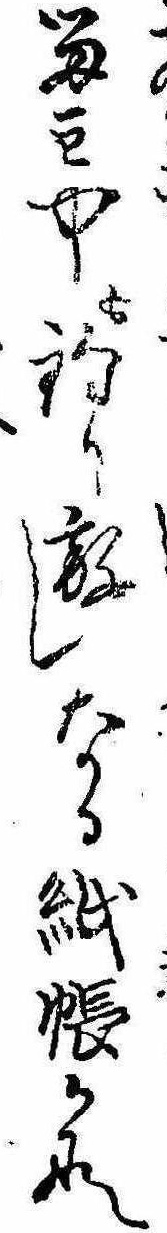
留守中も釣り放しなる紙帳かな